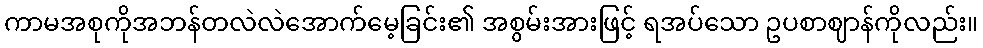
ကာမအစုကိုအဘန်တလဲလဲအောက်မေ့ခြင်း၏ အစွမ်းအားဖြင့် ရအပ်သော ဥပစာဈာန်ကိုလည်း။